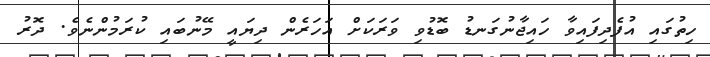
ހިތުގައި އުފެދިފައިވާ ހައިޖާނުގަނޑު ބޮޑުވި ވަރަކަށް އަހަރެން ދިޔައީ މޭނުބައި ކުރަމުންނެވެ. ދޮރު